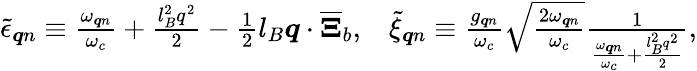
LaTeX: \begin{array}{r}{\tilde{\epsilon}_{\boldsymbol{q}n}\equiv\frac{\omega_{\boldsymbol{q}n}}{\omega_{c}}+\frac{l_{B}^{2}q^{2}}{2}-\frac{1}{2}l_{B}\boldsymbol{q}\cdot\overline{{\boldsymbol{\Xi}}}_{b},\; \; \; \tilde{\xi}_{\boldsymbol{q}n}\equiv\frac{g_{\boldsymbol{q}n}}{\omega_{c}}\sqrt{\frac{2\omega_{\boldsymbol{q}n}}{\omega_{c}}}\frac{1}{\frac{\omega_{\boldsymbol{q}n}}{\omega_{c}}+\frac{l_{B}^{2}q^{2}}{2}},}\end{array}